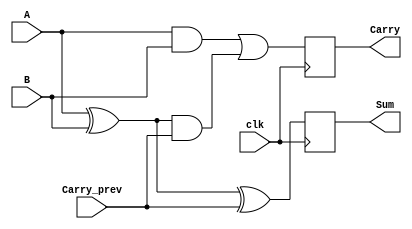
module SequentialHalfAdder (
    input wire clk,          // Clock input
    input wire A,           // First input bit
    input wire B,           // Second input bit
    input wire Carry_prev,   // Previous carry input
    output reg Sum,         // Sum output
    output reg Carry        // Carry output
);

    // Always block triggered on the rising edge of the clock
    always @(posedge clk) begin
        // Calculate Sum and Carry based on the current inputs and previous carry
        Sum <= A ^ B ^ Carry_prev; // Sum calculation
        Carry <= (A & B) | ((A ^ B) & Carry_prev); // Carry calculation
    end

endmodule